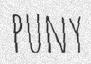
PUNY